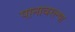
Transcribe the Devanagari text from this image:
पानावरल्या